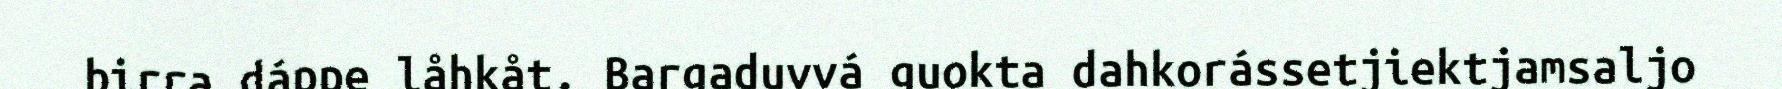
birra dáppe låhkåt. Bargaduvvá guokta dahkorássetjiektjamsaljo